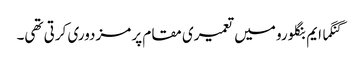
گنگما ایم بنگلورو میں تعمیری مقام پر مزدوری کرتی تھی۔